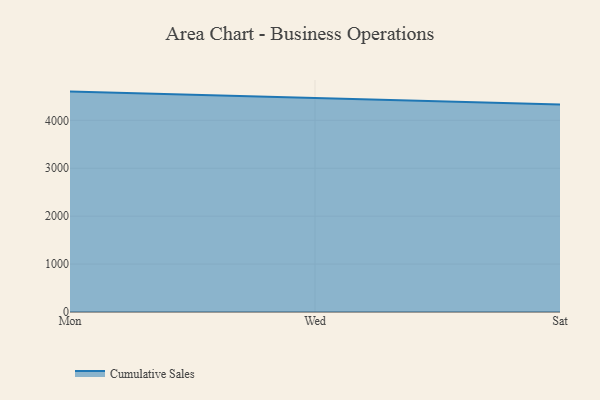
{"axis": {"x": "Day", "y": "Net Income (USD K)"}, "legend": ["Cumulative Sales"], "data": [{"x": "Mon", "y": 4599.5, "type": "Cumulative Sales"}, {"x": "Wed", "y": 4464.1, "type": "Cumulative Sales"}, {"x": "Sat", "y": 4332.4, "type": "Cumulative Sales"}]}